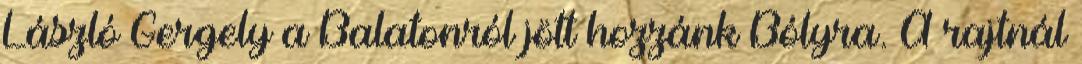
László Gergely a Balatonról jött hozzánk Bólyra. A rajtnál